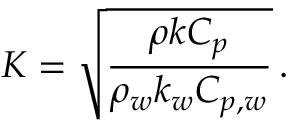
K = \sqrt { \frac { \rho k C _ { p } } { \rho _ { w } k _ { w } C _ { p , w } } } \, .